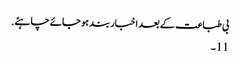
بی طباعت کے بعد اخبار بند ہو جائے چاہئے.
11 ۔